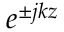
~ e ^ { \pm j k z }